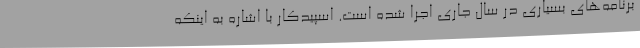
برنامه‌های بسیاری در سال جاری اجرا شده است. اسپیدکار با اشاره به اینکه